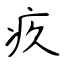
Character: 疚